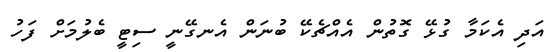
އަދި އެކަމާ ގުޅޭ ގޮތުން އެއްޗެކޭ ބުނަން އެނގޭނީ ސިޓީ ބެލުމަށް ފަހު